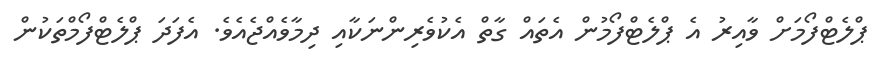
ޕްލެޓްފޯމަށް ވާއިރު އެ ޕްލެޓްފޯމުން އެތައް ގާތް އެެކުވެރިންނަކާއި ދިމާވެއްޖެއެވެ. އެފަދަ ޕްލެޓްފޯމްތަކުން